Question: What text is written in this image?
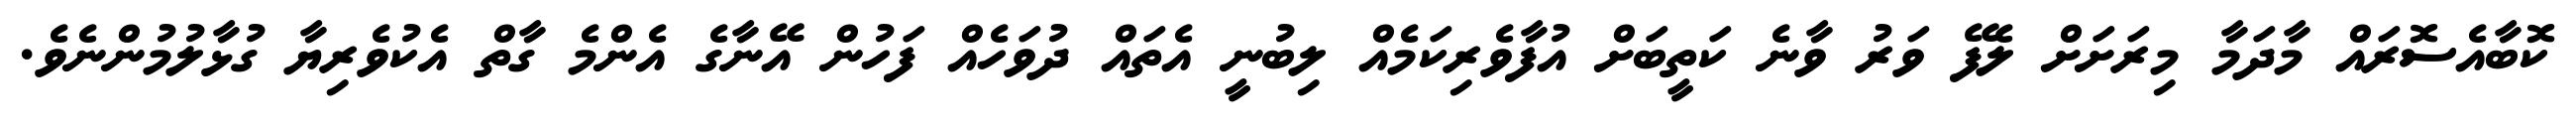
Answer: ކޮބާއެސޮރައް މާދަމާ މިރަށަށް ލެފޭ ވަރު ވާނެ ކަތީބަށް އުފާވެރިކަމެއް ލިބުނީ އެތައް ދުވަހެއް ފަހުން އޭނާގެ އެންމެ ގާތް އެކުވެރިޔާ ގުޅާލުމުންނެވެ.